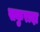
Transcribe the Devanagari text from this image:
सकुरादा